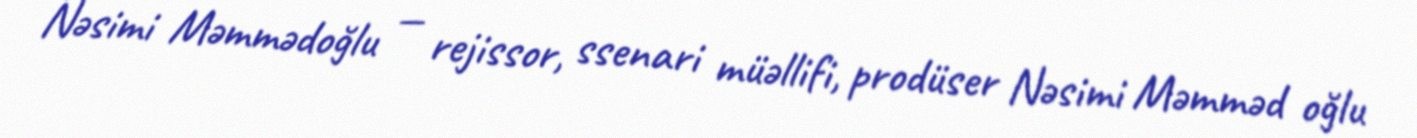
Nəsimi Məmmədoğlu — rejissor, ssenari müəllifi, prodüser Nəsimi Məmməd oğlu